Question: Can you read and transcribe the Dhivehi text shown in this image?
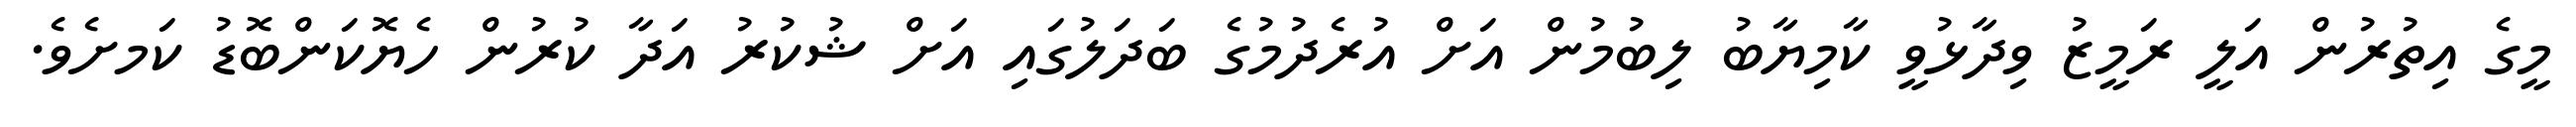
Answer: މީގެ އިތުރުން އަލީ ރަމީޒު ވިދާޅުވީ ކާމިޔާބު ލިބުމުން އަށް އުރެދުމުގެ ބަދަލުގައި އަށް ޝުކުރު އަދާ ކުރުން ހެޔޮކަންބޮޑު ކަމށެވެ.